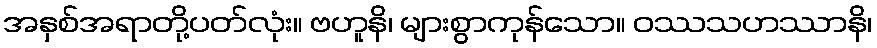
အနှစ်အရာတို့ပတ်လုံး။ ဗဟူနိ၊ များစွာကုန်သော။ ဝဿသဟဿာနိ၊